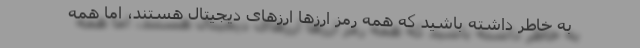
به خاطر داشته باشید که همه رمز ارزها ارزهای دیجیتال هستند، اما همه